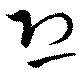
恐